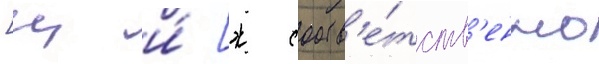
[ц и́ [ж соотв'е́тств'енно